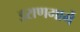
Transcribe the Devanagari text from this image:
इराणमार्गे